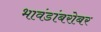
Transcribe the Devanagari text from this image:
भावंडांबरोबर